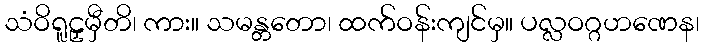
သံဝိရူဠှမှီတိ၊ ကား။ သမန္တတော၊ ထက်ဝန်းကျင်မှ။ ပလ္လဝဂ္ဂဟဏေန၊